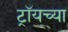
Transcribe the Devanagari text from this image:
ट्रॉयच्या